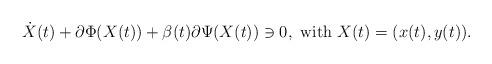
LaTeX: \begin{align*}\dot X(t)+ \partial \Phi(X(t))+\beta(t) \partial\Psi(X(t))\ni 0, \mbox{ with } X(t)=(x(t),y(t)). \end{align*}